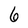
Character: 6